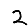
Digit: 2